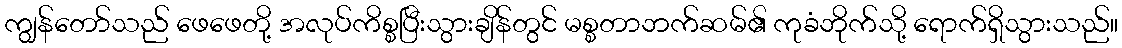
ကျွန်တော်သည် ဖေဖေတို့ အလုပ်ကိစ္စပြီးသွားချိန်တွင် မစ္စတာဘက်ဆမ်၏ ကုခံဘိုက်သို့ ရောက်ရှိသွားသည်။